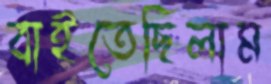
বাইতেছিলাম